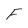
Character: F